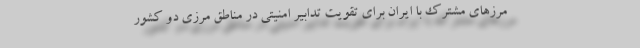
مرزهای مشترک با ایران برای تقویت تدابیر امنیتی در مناطق مرزی دو کشور